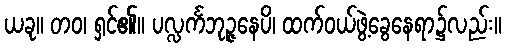
ယခု။ တဝ၊ ရှင်၏။ ပလ္လင်္ကဘုဉ္ဇနေပိ၊ ထက်ဝယ်ဖွဲ့ခွေနေရာ၌လည်း။